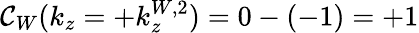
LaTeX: \mathcal{C}_{W}(k_{z}=+k_{z}^{W,2})=0-(-1)=+1